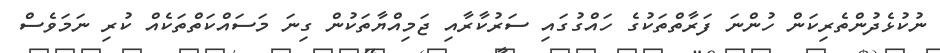
ނުކުޅެދުންތެރިކަން ހުންނަ ފަރާތްތަކުގެ ހައްގުގައި ސަރުކާރާއި ޖަމިއްޔާތަކުން ގިނަ މަސައްކަތްތަކެއް ކުރި ނަމަވެސް